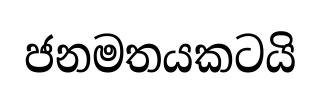
ජනමතයකටයි